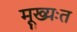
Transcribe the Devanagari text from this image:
मूख्यःत